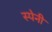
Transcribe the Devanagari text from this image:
स्‍पेनी